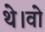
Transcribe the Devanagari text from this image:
थे।वो